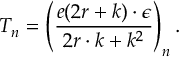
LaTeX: T _ { n } = \left( \frac { e ( 2 r + k ) \cdot \epsilon } { 2 r \cdot k + k ^ { 2 } } \right) _ { n } .